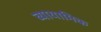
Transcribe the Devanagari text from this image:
व्यायामिक